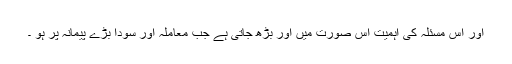
اور اس مسئلہ کی اہمیت اس صورت میں اور بڑھ جاتی ہے جب معاملہ اور سودا بڑے پیمانہ پر ہو ۔